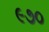
૯૭૦